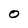
Character: 0